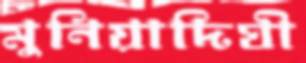
মুনিয়াদিঘী